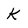
Character: k